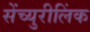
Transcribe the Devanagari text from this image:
सेंच्युरीलिंक